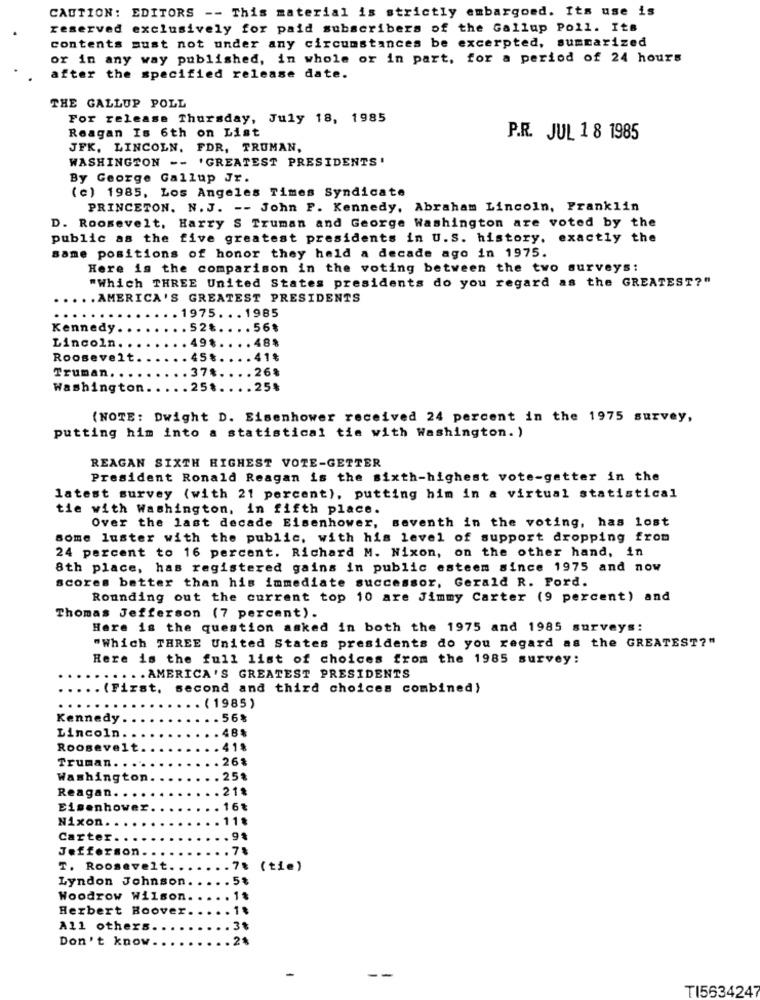
CAUTION: EDITORS -- This material is strictly embargoed. Its use is
reserved exclusively for paid subscribers of the Gallup Poll. Its
contents must not under any circumstances be excerpted, summarized
or in any way published, in whole or in part, for a period of 24 hours
after the specified release date.
THE GALLUP POLL
For release Thursday, July 18, 1985
Reagan Is 6th on List
P.R. JUL 1 8 1985
JFK, LINCOLN, FDR, TRUMAN,
WASHINGTON -- 'GREATEST PRESIDENTS .
By George Gallup Jr.
(c) 1985, Los Angeles Times Syndicate
PRINCETON. N. J. -- John F. Kennedy, Abraham Lincoln, Franklin
D. Roosevelt, Harry S Truman and George Washington are voted by the
public as the five greatest presidents in U.S. history. exactly the
same positions of honor they held a decade ago in 1975.
Here is the comparison in the voting between the two surveys:
"Which THREE United States presidents do you regard as the GREATEST?"
.AMERICA'S GREATEST PRESIDENTS
...... 1975 ... 1985
...
Kennedy ...
..... 528 .... 56$
Lincoln ........ 498 .... 48%
Roosevelt ...... 45% .... 41%
.... 37 .. ... 268
Truman. . ..
Washington ..... 25 ..... 25%
(NOTE: Dwight D. Eisenhower received 24 percent in the 1975 survey,
putting him into a statistical tie with Washington. )
REAGAN SIXTH HIGHEST VOTE-GETTER
President Ronald Reagan is the sixth-highest vote-getter in the
latest survey (with 21 percent), putting him in a virtual statistical
tie with Washington, in fifth place.
seventh in the voting, has lost
Over the last decade Eisenhower,
some luster with the public, with his level of support dropping from
24 percent to 16 percent. Richard M. Nixon, on the other hand, in
8th place, has registered gains in public esteem since 1975 and now
scores better than his immediate successor, Gerald R. Ford.
Rounding out the current top 10 are Jimmy Carter (9 percent) and
Thomas Jefferson (7 percent).
Here is the question asked in both the 1975 and 1985 surveys:
"Which THREE United States presidents do you regard as the GREATEST?"
Here is the full list of choices from the 1985 survey:
..... AMERICA'S GREATEST PRESIDENTS
. (First, second and third choices combined)
.. (1985)
Kennedy .
. .. 56%
Lincoln.
.. 48%
Roosevelt
. .. 41%
Truman. .
... 26%
Washington
... 25%
Reagan ..
.... 21%
Eisenhower ..
.. 16%
Nixon.
... 11%
Carter.
... 94
Jefferson ..
7%
T. Roosevelt.
.78
( tie)
Lyndon Johnson.
.. 5%
Woodrow Wilson.
.. 18
Herbert Hoover.
.... 14
All others
... 3%
Don't know.
...... 24
-
TI5634247